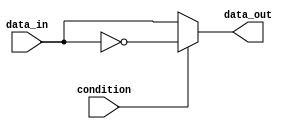
module if_else_module (
    input wire condition,
    input wire data_in,
    output reg data_out
);

always @* begin
    if (~condition) begin
        data_out = data_in;
    end else begin
        data_out = ~data_in;
    end
end

endmodule